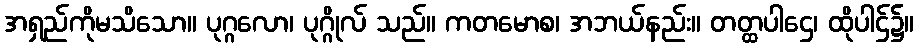
အရှည်ကိုမသိသော။ ပုဂ္ဂလော၊ ပုဂ္ဂိုလ် သည်။ ကတမောစ၊ အဘယ်နည်း။ တတ္ထပါဌေ၊ ထိုပါဌ်၌။